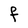
Character: F